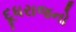
દૂધરાજનો